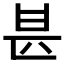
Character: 𠥄